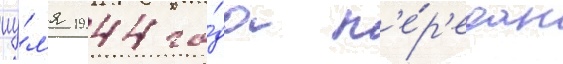
иу́л'я 1944 го́да п'е́р'едан